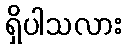
ရှိပါသလား